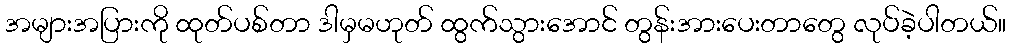
အများအပြားကို ထုတ်ပစ်တာ ဒါမှမဟုတ် ထွက်သွားအောင် တွန်းအားပေးတာတွေ လုပ်ခဲ့ပါတယ်။